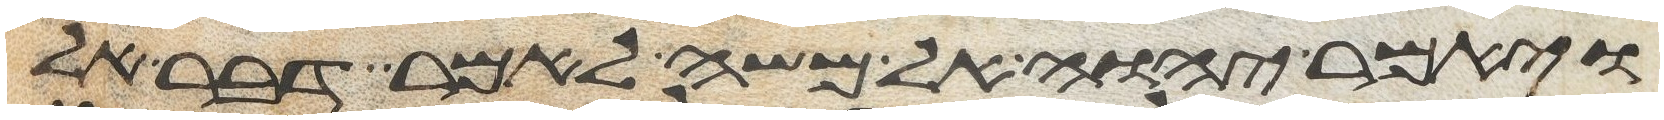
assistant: ויאמר יהוה אל משה לאמר דבר אל